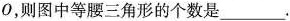
O，则图中等腰三角形的个数是___.